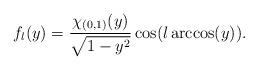
LaTeX: \begin{align*} f_{\l}(y) = \frac{\chi_{(0,1)}(y)}{\sqrt{1-y^{2}}}\cos(\l\arccos(y)). \end{align*}